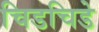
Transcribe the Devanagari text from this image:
चिडचिडे